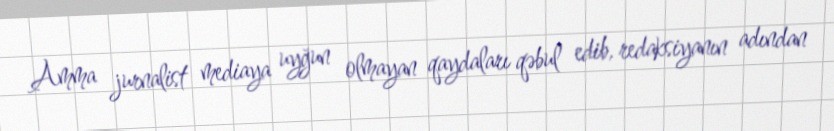
Amma jurnalist mediaya uyğun olmayan qaydaları qəbul edib, redaksiyanın adından